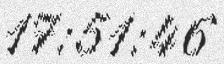
17:51:46